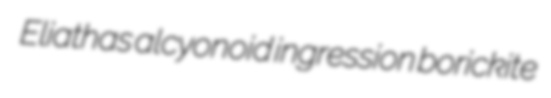
Eliathas alcyonoid ingression borickite